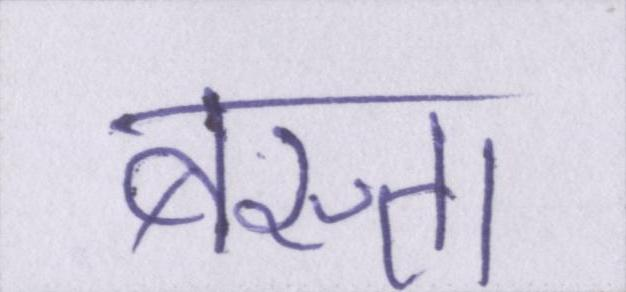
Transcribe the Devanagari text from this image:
बस्ता